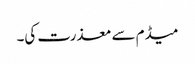
میڈم سے معذرت کی۔